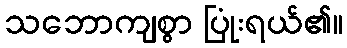
သဘောကျစွာ ပြုံးရယ်၏။